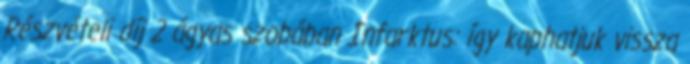
Részvételi díj 2 ágyas szobában Infarktus: így kaphatjuk vissza